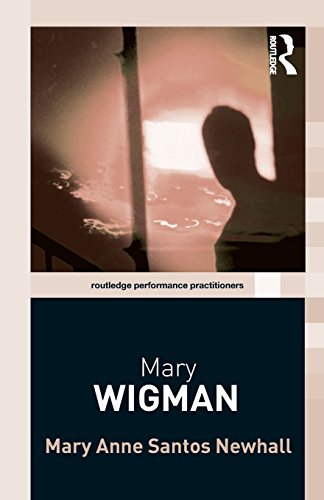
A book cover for Mary Wigman (Routledge Performance Practitioners); Mary Anne Santos Newhall; Biographies & Memoirs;